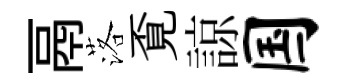
鬲落覔諒国